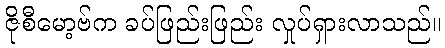
ဇိုစီမော့ဗ်က ခပ်ဖြည်းဖြည်း လှုပ်ရှားလာသည်။